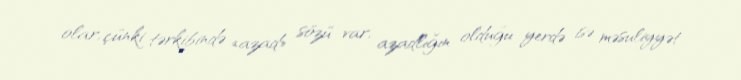
olar, çünki tərkibində «azad» sözü var, azadlığın olduğu yerdə isə məsuliyyət